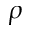
\rho